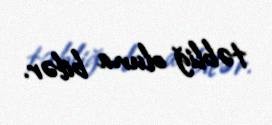
təbliğ oluna bilər.